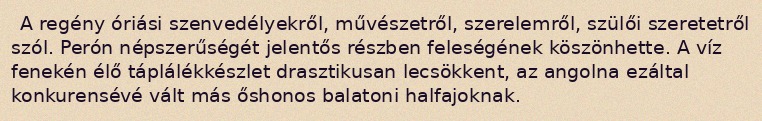
A regény óriási szenvedélyekről, művészetről, szerelemről, szülői szeretetről szól. Perón népszerűségét jelentős részben feleségének köszönhette. A víz fenekén élő táplálékkészlet drasztikusan lecsökkent, az angolna ezáltal konkurensévé vált más őshonos balatoni halfajoknak.